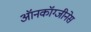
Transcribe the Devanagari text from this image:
ऑनकॉग्जीनेस